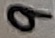
Text: 9